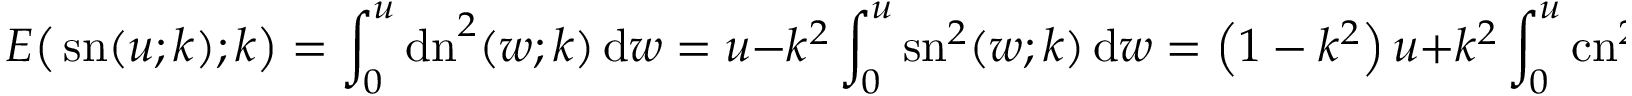
E { \bigl ( } \operatorname { s n } ( u ; k ) ; k { \bigr ) } = \int _ { 0 } ^ { u } \operatorname { d n } ^ { 2 } ( w ; k ) \, \mathrm { d } w = u - k ^ { 2 } \int _ { 0 } ^ { u } \operatorname { s n } ^ { 2 } ( w ; k ) \, \mathrm { d } w = \left( 1 - k ^ { 2 } \right) u + k ^ { 2 } \int _ { 0 } ^ { u } \operatorname { c n } ^ { 2 } ( w ; k ) \, \mathrm { d } w .